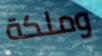
وملكة